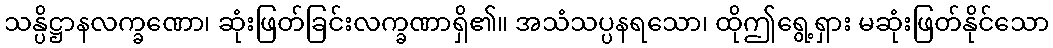
သန္ပိဋ္ဌာနလက္ခဏော၊ ဆုံးဖြတ်ခြင်းလက္ခဏာရှိ၏။ အသံသပ္ပနရသော၊ ထိုဤရွေ့ရှား မဆုံးဖြတ်နိုင်သော